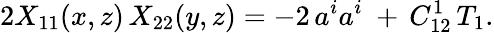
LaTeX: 2X_{11}(x,z)\, X_{22}(y,z)=-2\, a^{i}a^{i}\ +\, C_{12}^{1}\, T_{1}.